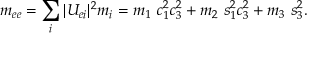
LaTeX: m _ { e e } = \sum _ { i } | U _ { e i } | ^ { 2 } m _ { i } = m _ { 1 } ~ c _ { 1 } ^ { 2 } c _ { 3 } ^ { 2 } + m _ { 2 } ~ s _ { 1 } ^ { 2 } c _ { 3 } ^ { 2 } + m _ { 3 } ~ s _ { 3 } ^ { 2 } .